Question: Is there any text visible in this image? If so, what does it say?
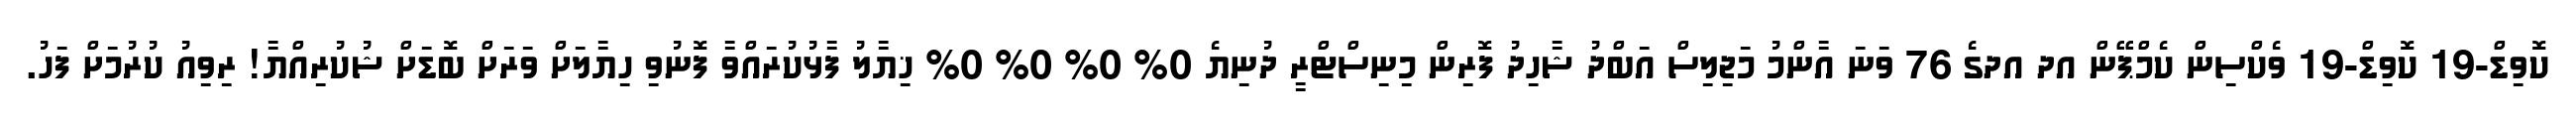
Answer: ކޮވިޑް-19 ކޮވިޑް-19 ވެކްސިން ކެމްޕޭން އދ އދގެ 76 ވަނަ އާންމު މަޖިލިސް އަބްދު ޝާހިދު ފޮރިން މިނިސްޓްރީ ދުނިޔެ 0% 0% 0% 0% ޚިޔާލު ފާޅުކުރައްވާ ފޮނުވި ހިޔާލަށް ވަރަށް ބޮޑަށް ޝުކުރިއްޔާ! ރިވިއު ކުރުމަށް ފަހު.